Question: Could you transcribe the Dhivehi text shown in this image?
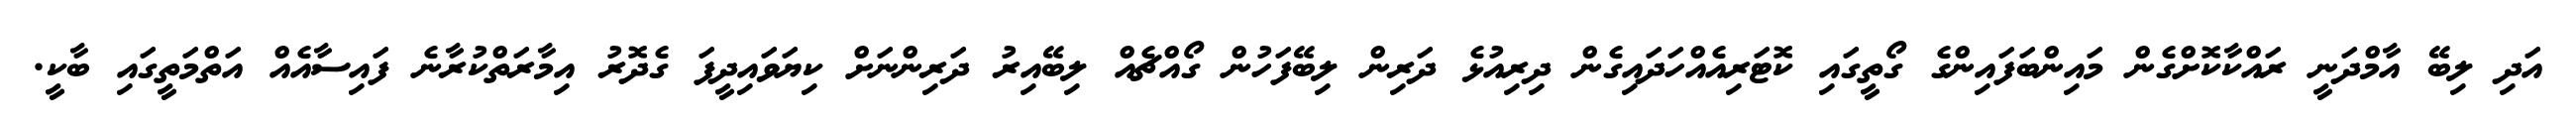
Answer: އަދި ލިބޭ އާމްދަނީ ރައްކާކޮށްގެން މައިންބަފައިންގެ ގޯތީގައި ކޮޓަރިއެއްހަދައިގެން ދިރިއުޅެ ދަރިން ލިބޭފަހުން ގޯއްޗެއް ލިބޭއިރު ދަރިންނަށް ކިޔަވައިދީފަ ގެދޮރު އިމާރަތްކުރާނެ ފައިސާއެއް އަތްމަތީގައި ބާކީ.